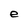
Character: e